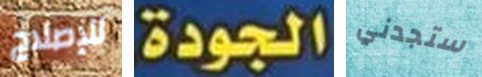
للإصلاح الجودة ستجدني